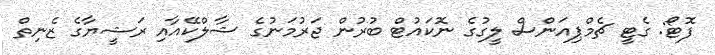
ފޮޓޯ: ގެޓީ ޗެމްޕިއަންސް ލީގުގެ ނޮކައުޓް ބުރުން ޖަރުމަނުގެ ޝާލްކޭއާއި ރަޝީޔާގެ ޒެނިތް